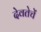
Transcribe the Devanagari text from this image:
देवतेचें